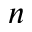
\boldsymbol { n }